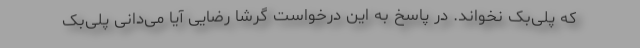
که پلی‌بک نخواند. در پاسخ به این درخواست گرشا رضایی آیا می‌دانی پلی‌بک